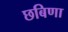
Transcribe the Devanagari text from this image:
छबिणा